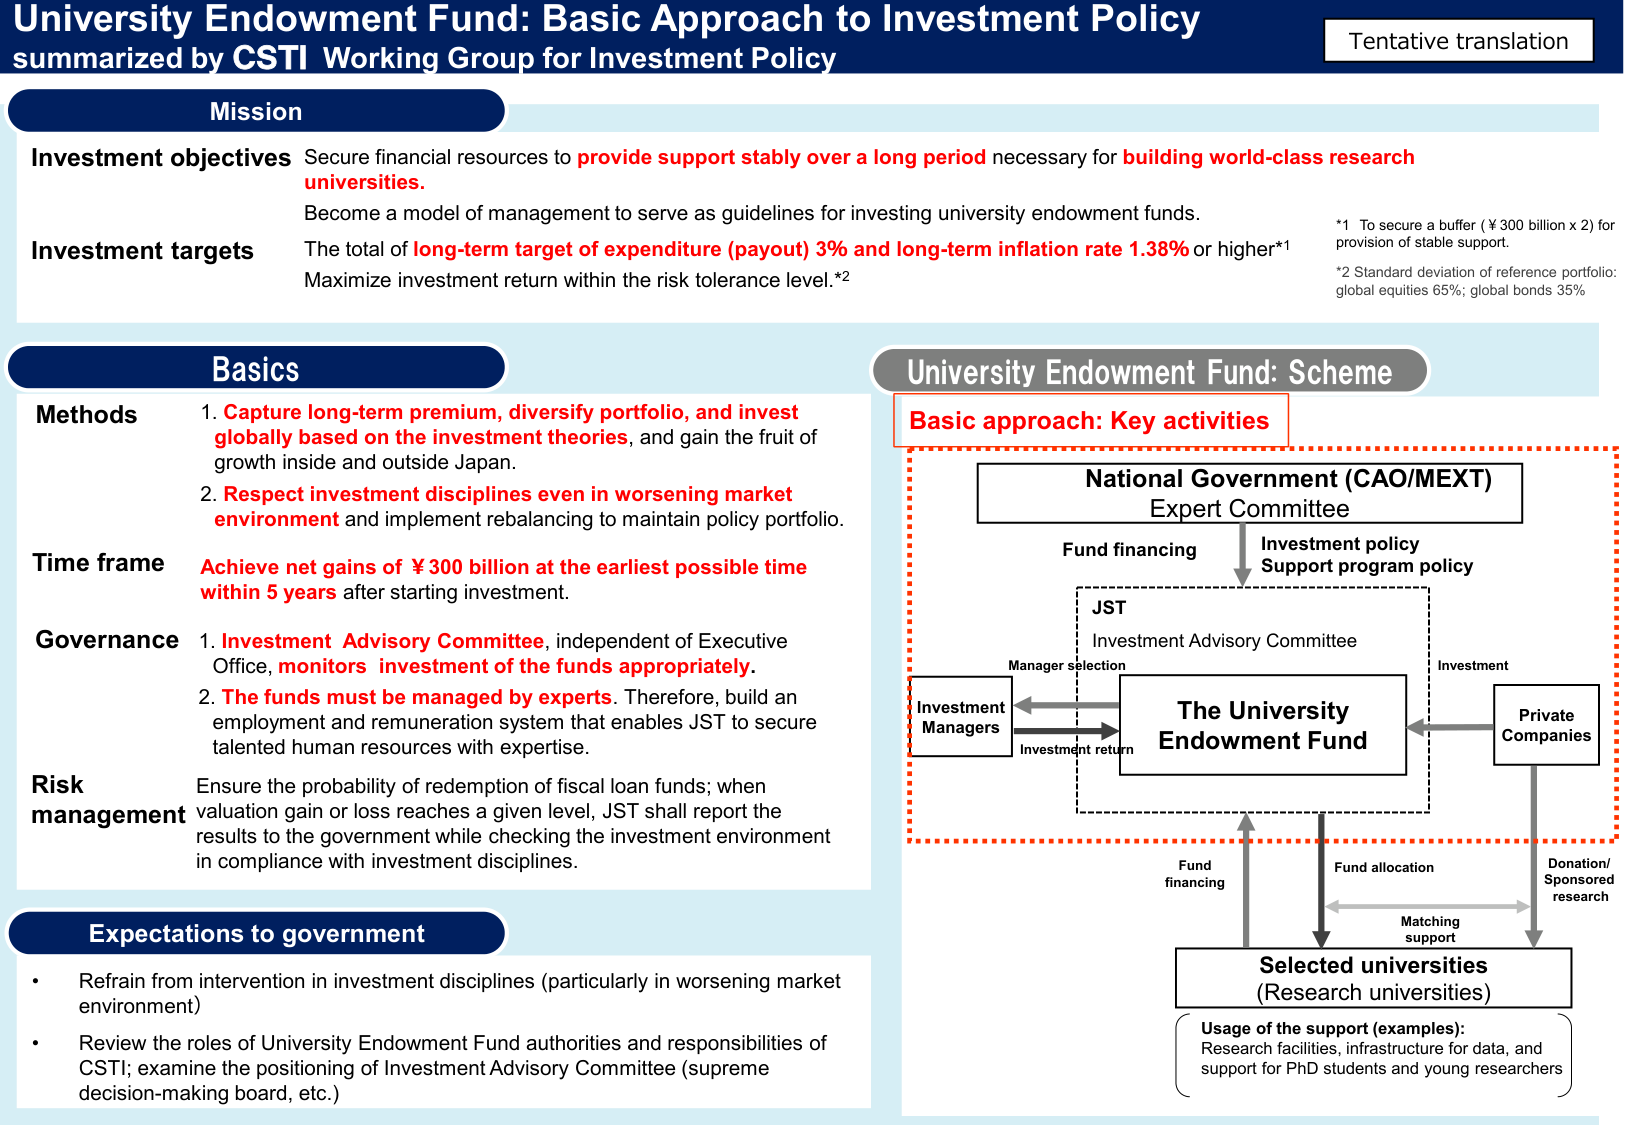
University Endowment Fund: Basic Approach to Investment Policy
summarized by CSTI Working Group for Investment Policy

Tentative translation

Mission

Investment objectives
Secure financial resources to provide support stably over a long period necessary for building world-class research universities.
Become a model of management to serve as guidelines for investing university endowment funds.

Investment targets
The total of long-term target of expenditure (payout) 3% and long-term inflation rate 1.38% or higher*1
Maximize investment return within the risk tolerance level.*2

*1 To secure a buffer (¥300 billion x 2) for provision of stable support.
*2 Standard deviation of reference portfolio: global equities 65%; global bonds 35%

Basics

Methods
1. Capture long-term premium, diversify portfolio, and invest globally based on the investment theories, and gain the fruit of growth inside and outside Japan.
2. Respect investment disciplines even in worsening market environment and implement rebalancing to maintain policy portfolio.

Time frame
Achieve net gains of ¥300 billion at the earliest possible time within 5 years after starting investment.

Governance
1. Investment Advisory Committee, independent of Executive Office, monitors investment of the funds appropriately.
2. The funds must be managed by experts. Therefore, build an employment and remuneration system that enables JST to secure talented human resources with expertise.

Risk management
Ensure the probability of redemption of fiscal loan funds; when valuation gain or loss reaches a given level, JST shall report the results to the government while checking the investment environment in compliance with investment disciplines.

University Endowment Fund: Scheme

Basic approach: Key activities

National Government (CAO/MEXT)
Expert Committee

Fund financing
Investment policy
Support program policy

JST
Investment Advisory Committee

Manager selection
Investment Managers
Investment return
The University Endowment Fund
Investment
Private Companies

Fund financing
Fund allocation
Matching support
Selected universities (Research universities)

Donation/ Sponsored research

Usage of the support (examples):
Research facilities, infrastructure for data, and support for PhD students and young researchers

Expectations to government
• Refrain from intervention in investment disciplines (particularly in worsening market environment)
• Review the roles of University Endowment Fund authorities and responsibilities of CSTI; examine the positioning of Investment Advisory Committee (supreme decision-making board, etc.)